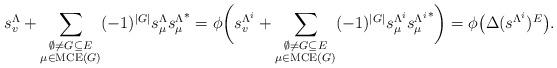
LaTeX: \begin{align*}\begin{aligned}s_v^\Lambda+\sum_{\substack{\emptyset \neq G\subseteq E\\ \mu\in \mathrm{MCE}(G)}}(-1)^{|G|}s_\mu^{\Lambda}{s_\mu^{\Lambda}}^*=\phi\bigg(s_v^{\Lambda^i}+\sum_{\substack{\emptyset \neq G\subseteq E\\ \mu\in \mathrm{MCE}(G)}}(-1)^{|G|}s_\mu^{\Lambda^i}{s_\mu^{\Lambda^i}}^*\bigg)=\phi\big(\Delta(s^{\Lambda^i})^E\big).\end{aligned}\end{align*}